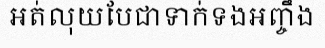
អត់លុយបែជាទាក់ទងអញ្ចឹង